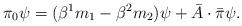
LaTeX: \begin{align*}\pi_{0}\psi= (\beta^{1} m_{1}-\beta^{2} m_{2})\psi+\bar{A} \cdot\bar{\pi}\psi.\end{align*}